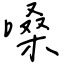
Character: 嗓